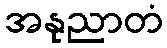
အနုညာတံ